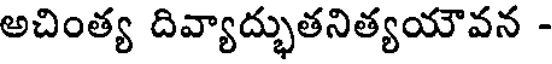
అచింత్య దివ్యాద్భుతనిత్యయౌవన -